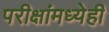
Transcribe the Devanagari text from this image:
परीक्षांमध्येही